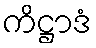
ကိဋ္ဌာဒံ